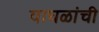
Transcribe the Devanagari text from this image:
वाघळांची